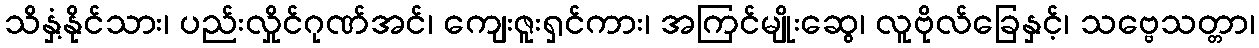
သိနှံ့နိုင်သား၊ ပည်းလှိုင်ဂုဏ်အင်၊ ကျေးဇူးရှင်ကား၊ အကြင်မျိုးဆွေ၊ လူဗိုလ်ခြေနှင့်၊ သဗ္ဗေသတ္တာ၊